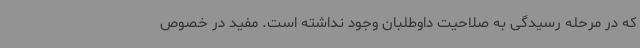
که در مرحله رسیدگی به صلاحیت داوطلبان وجود نداشته است. مفید در خصوص